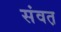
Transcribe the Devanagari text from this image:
संवत़